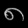
Digit: ၈